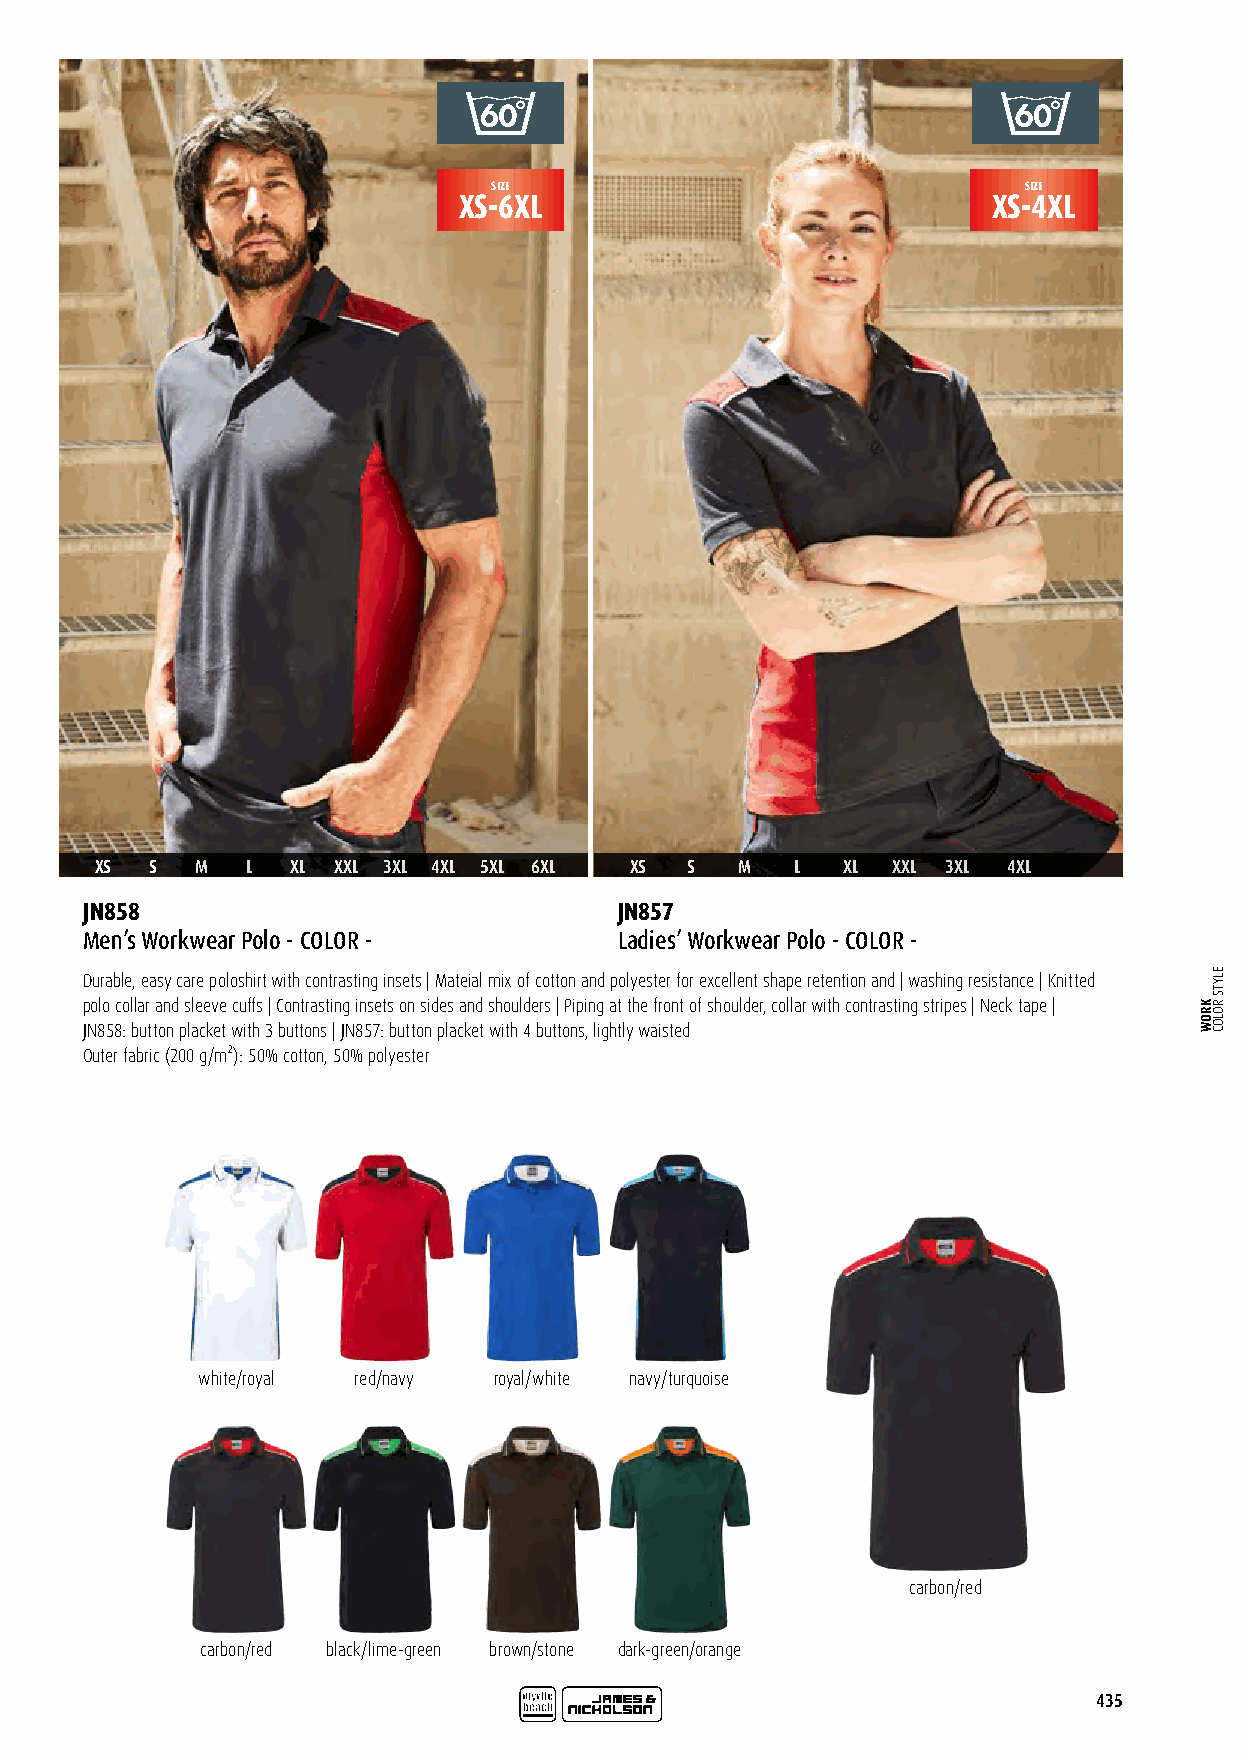
SIZE                               SIZE
 XS-6XL                              XS-4XL
 XS  S  M  L  XL XXL 3XL 4XL 5XL 6XL XS S   M   L  XL XXL 3XL 4XL
 JN858                               JN857
 Men’s Workwear Polo - COLOR -       Ladies’ Workwear Polo - COLOR -
 Durable, easy care poloshirt with contrasting insets | Mateial mix of cotton and polyester for excellent shape retention and | washing resistance | Knitted
 polo collar and sleeve cuffs | Contrasting insets on sides and shoulders | Piping at the front of shoulder, collar with contrasting stripes | Neck tape |
 JN858: button placket with 3 buttons | JN857: button placket with 4 buttons, lightly waisted
 Outer fabric (200 g/m²): 50% cotton, 50% polyester
 white/royal red/navy royal/white navy/turquoise
 carbon/red
 carbon/red black/lime-green brown/stone dark-green/orange
 435
 KROW
 ELYTS
 ROLOC